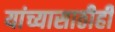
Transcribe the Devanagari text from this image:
यांच्यासाठीही